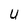
Character: U